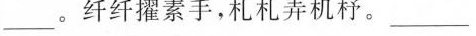
___。纤纤擢素手，札札弄机杼。___